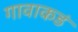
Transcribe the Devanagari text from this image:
गावाकडं